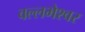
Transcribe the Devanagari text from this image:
वल्लभेश्वर